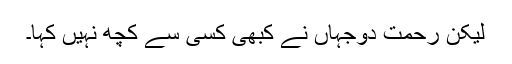
لیکن رحمت دوجہاں نے کبھی کسی سے کچھ نہیں کہا۔